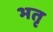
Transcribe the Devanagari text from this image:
भतृ